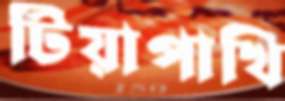
টিয়াপাখি